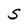
Character: S